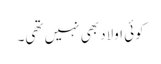
کوئی اولاد بھی نہیں تھی۔